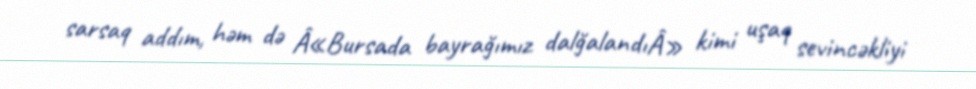
sarsaq addım, həm də Â«Bursada bayrağımız dalğalandıÂ» kimi uşaq sevincəkliyi